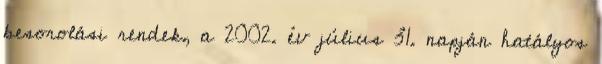
besorolási rendek, a 2002. év július 31. napján hatályos